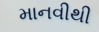
માનવીથી